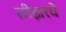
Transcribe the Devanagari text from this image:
सीझरचे